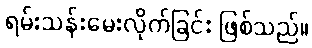
ရမ်းသန်းမေးလိုက်ခြင်း ဖြစ်သည်။